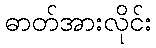
ဓာတ်အားလိုင်း